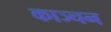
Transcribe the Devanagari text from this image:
काञ्चन